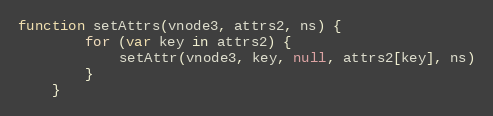
Language: JavaScript
function setAttrs(vnode3, attrs2, ns) {
		for (var key in attrs2) {
			setAttr(vnode3, key, null, attrs2[key], ns)
		}
	}